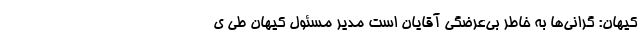
کیهان: گرانی‌ها به خاطر بی‌عرضگی آقایان است مدیر مسئول کیهان طی ی